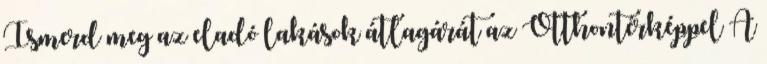
Ismerd meg az eladó lakások átlagárát az Otthontérképpel A